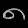
Digit: ၈